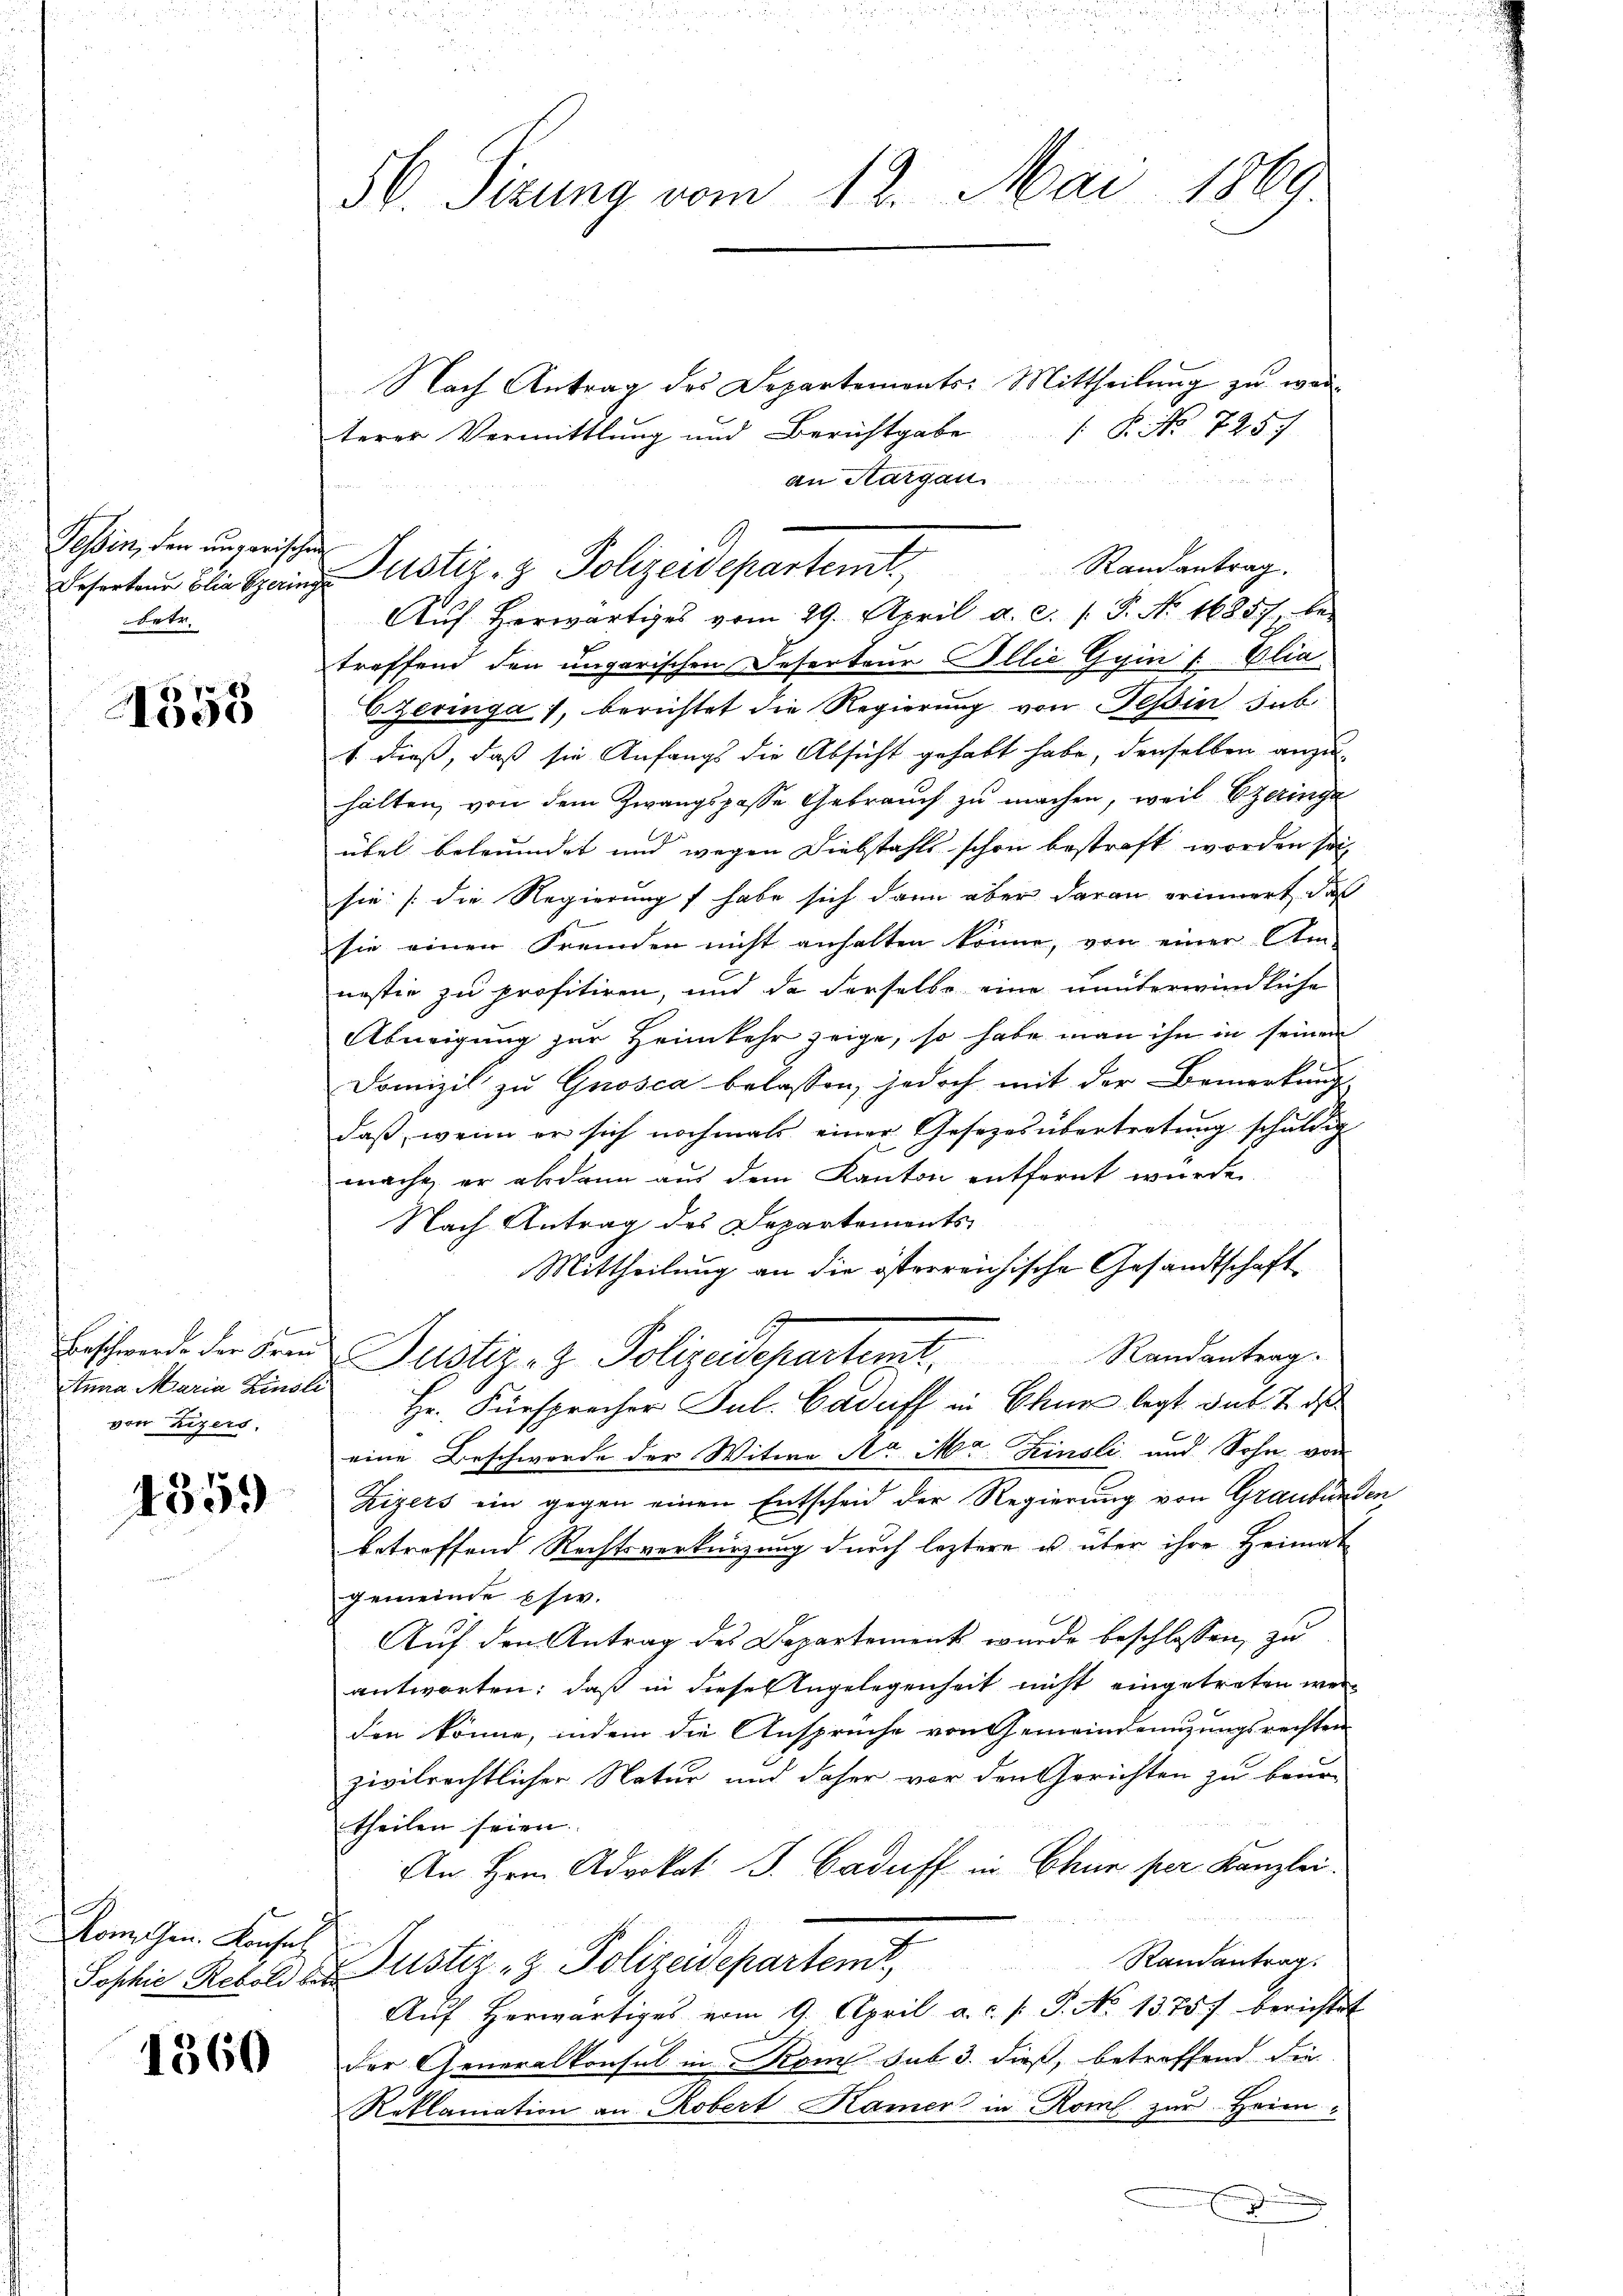
Tessin, den ungarischen
betr.

1555

tnna Maria Finsli
von Zizers,

4359

A
Rom. Gen. Konsul

1360

56. Sizung vom 12. Mai 1869.

Nach Antrag des Departements-Mittheilung zu wer¬
 P. No 7257.
terer Vermittlung und Berichtgabe
an Aargau
Aŭf herwärtiges vom 29. April a. c. s. S. N. 16857, be-
treffend den ungarischen Deserteur Illić Gyin   Elia
CZeringa, berichtet die Regierung von Tessin sub
1. dieß, daß sie Anfangs die Absicht gehabt habe, denselben anzu-
halten, von dem Zwangspasse Gebrauch zu machen, weil Ezeringe
übel beleumdet und wegen Diebstahls schon bestraft worden sei
sie [die Regierung habe sich dann aber daran erinnert, daß
sie einen Fremden nicht anhalten könne, von einer Atm
nestie zu profitiren, und da derselbe eine nunterwindliche
Abneigung zur Heimkehr zeige, so habe man ihn in seinem
Domizil zu Grosca belassen, jedoch mit der Bemerkung
daß, wenn er sich nochmals einer Gesezesübertretung schuldig
mache, er abdann aus dem Kanton entfernt wurden.
Nach Antrag des Departements
Mittheilung an die österreichische Gesandtschaft
Bestand der Fond Justiz- & Polizeidepartemt. Randantrag.
Hr. Fürsprecher Jul. Cadaff in Chun legt das 7. ds
eine Beschwerde der Witwe A. M. Zinsli und Sohn von
Zizers ein gegen einen Entscheid der Regierung von Graubünden
betreffend Rechtsverkürzung durch leztere u über ihre Heimat
gemeinde Ehw.
Auf den Antrag des Departement wurde beschlossen, zu
antworten; daß in diese Angelegenheit nicht eingetreten werden könne, indem die Ansprüche von Gemeindemnzungsrechten
zivilrechtlicher Natur und daher vor den Gerichten zu beur-
theilen seien.
An Hrn. Advokat J. Baduff in Chur per Kanzlei.
Randantrag.
Sophie Rebst der Justiz- & Polizeidepartemt,
Aŭf herwärtiges vom 9. April a.c. s. S. No 13757 berichtet
der Generalkonsul in Kome sub 3. dieß, betreffend die
Reklamation an Robert Kamer in Rom zur Heim
E

Randantrag.
Besorten blie Spaine Justiz- & Polizeidepartemt